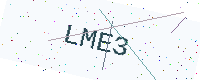
Text: LME3